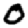
Digit: 0